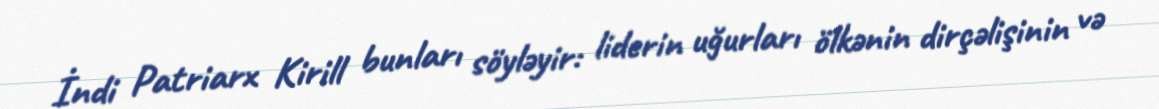
İndi Patriarx Kirill bunları söyləyir: liderin uğurları ölkənin dirçəlişinin və